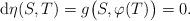
LaTeX: \begin{align*}\mathrm{d}\eta(S,T)=g\big(S,\varphi(T)\big)=0.\end{align*}